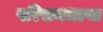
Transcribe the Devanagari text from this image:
परिसमधल्या